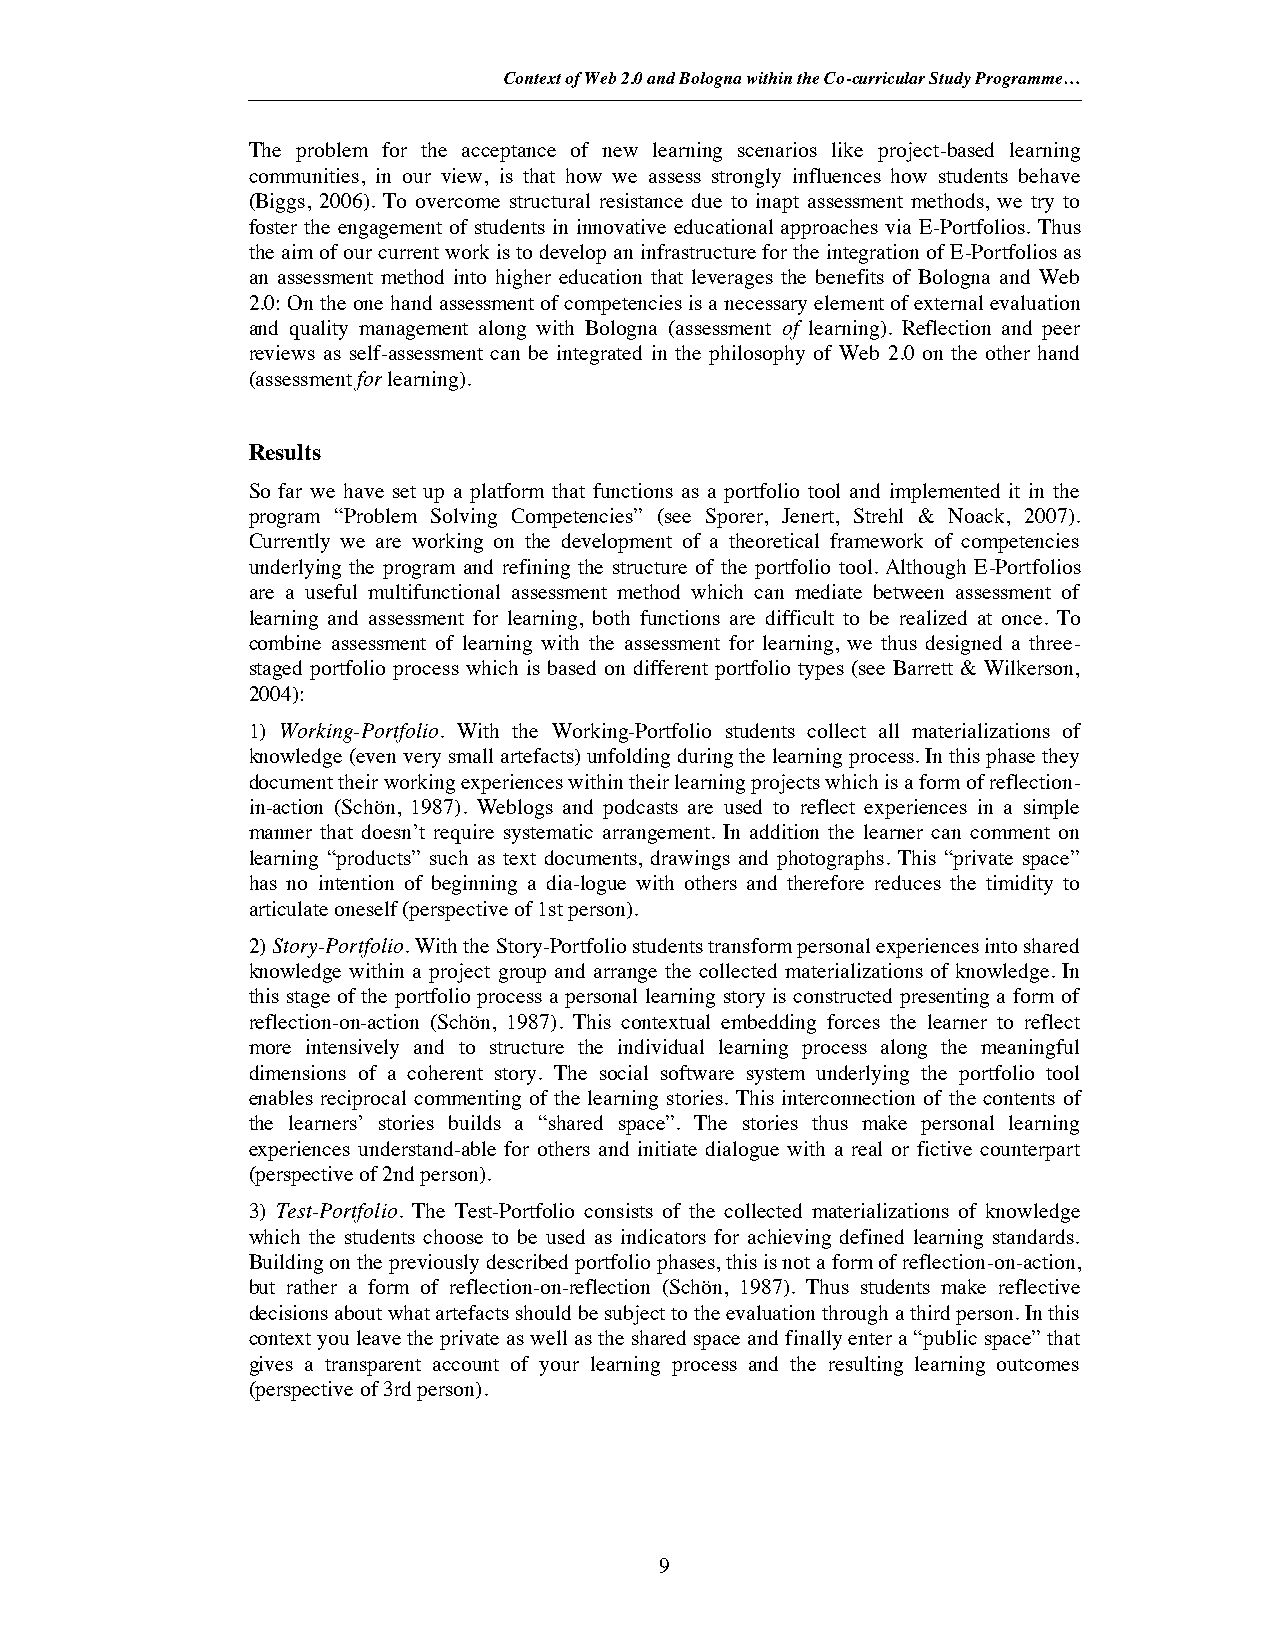
Context of Web 2.0 and Bologna within the Co-curricular Study Programme…
 The problem for the acceptance of new learning scenarios like project-based learning
 communities, in our view, is that how we assess strongly influences how students behave
 (Biggs, 2006). To overcome structural resistance due to inapt assessment methods, we try to
 foster the engagement of students in innovative educational approaches via E-Portfolios. Thus
 the aim of our current work is to develop an infrastructure for the integration of E-Portfolios as
 an assessment method into higher education that leverages the benefits of Bologna and Web
 2.0: On the one hand assessment of competencies is a necessary element of external evaluation
 and quality management along with Bologna (assessment of learning). Reflection and peer
 reviews as self-assessment can be integrated in the philosophy of Web 2.0 on the other hand
 (assessmentfor learning).
 Results
 So far we have set up a platform that functions as a portfolio tool and implemented it in the
 program “Problem Solving Competencies” (see Sporer, Jenert, Strehl & Noack, 2007).
 Currently we are working on the development of a theoretical framework of competencies
 underlying the program and refining the structure of the portfolio tool. Although E-Portfolios
 are a useful multifunctional assessment method which can mediate between assessment of
 learning and assessment for learning, both functions are difficult to be realized at once. To
 combine assessment of learning with the assessment for learning, we thus designed a three-
 staged portfolio process which is based on different portfolio types (see Barrett & Wilkerson,
 2004):
 1) Working-Portfolio. With the Working-Portfolio students collect all materializations of
 knowledge (even very small artefacts) unfolding during the learning process. In this phase they
 document their working experiences within their learning projects which is a form of reflection-
 in-action (Schön, 1987). Weblogs and podcasts are used to reflect experiences in a simple
 manner that doesn’t require systematic arrangement. In addition the learner can comment on
 learning “products” such as text documents, drawings and photographs. This “private space”
 has no intention of beginning a dia-logue with others and therefore reduces the timidity to
 articulate oneself (perspective of 1st person).
 2)Story-Portfolio. With the Story-Portfolio students transform personal experiences into shared
 knowledge within a project group and arrange the collected materializations of knowledge. In
 this stage of the portfolio process a personal learning story is constructed presenting a form of
 reflection-on-action (Schön, 1987). This contextual embedding forces the learner to reflect
 more intensively and to structure the individual learning process along the meaningful
 dimensions of a coherent story. The social software system underlying the portfolio tool
 enables reciprocal commenting of the learning stories. This interconnection of the contents of
 the learners’ stories builds a “shared space”. The stories thus make personal learning
 experiences understand-able for others and initiate dialogue with a real or fictive counterpart
 (perspective of 2nd person).
 3) Test-Portfolio. The Test-Portfolio consists of the collected materializations of knowledge
 which the students choose to be used as indicators for achieving defined learning standards.
 Building on the previously described portfolio phases, this is not a form of reflection-on-action,
 but rather a form of reflection-on-reflection (Schön, 1987). Thus students make reflective
 decisions about what artefacts should be subject to the evaluation through a third person. In this
 context you leave the private as well as the shared space and finally enter a “public space” that
 gives a transparent account of your learning process and the resulting learning outcomes
 (perspective of 3rd person).
 9